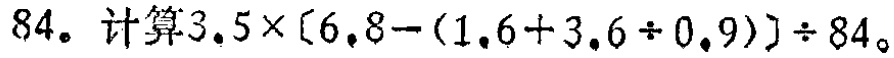
$84。计算3.5\times[6.8-(1.6 + 3.6\div0.9)]\div84。$